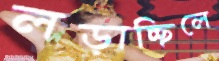
লড়াচ্ছিলে